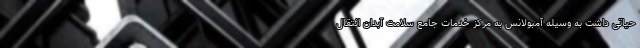
حیاتی داشت به وسیله آمبولانس به مرکز خدمات جامع سلامت آبدان انتقال